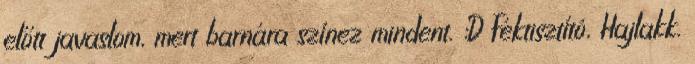
előtt javaslom, mert barnára színez mindent. :D Féktisztító, Hajlakk.